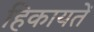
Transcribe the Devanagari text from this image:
हिकायतें